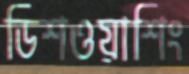
ডিশওয়াশিং